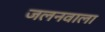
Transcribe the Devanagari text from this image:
जलनवाला